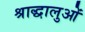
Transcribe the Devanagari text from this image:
श्राद्धालुओं